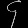
Digit: ၄